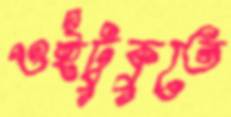
ওইটুকুতে